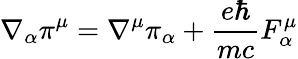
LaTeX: \nabla_{\alpha}\pi^{\mu}=\nabla^{\mu}\pi_{\alpha}+\frac{e\hbar}{mc}F_{\alpha}^{\mu}